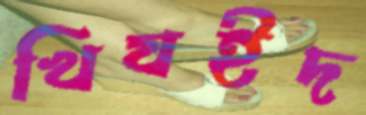
খিযইদ